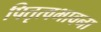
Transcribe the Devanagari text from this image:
पितृत्वभावना